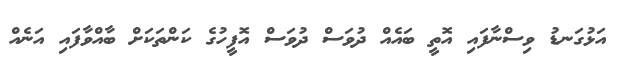
އަޅުގަނޑު ވިސްނާފައި އޮތީ ބައެއް ދުވަސް ދުވަސް އޮފީހުގެ ކަންތަކަށް ބާއްވާފައި އަނެއް